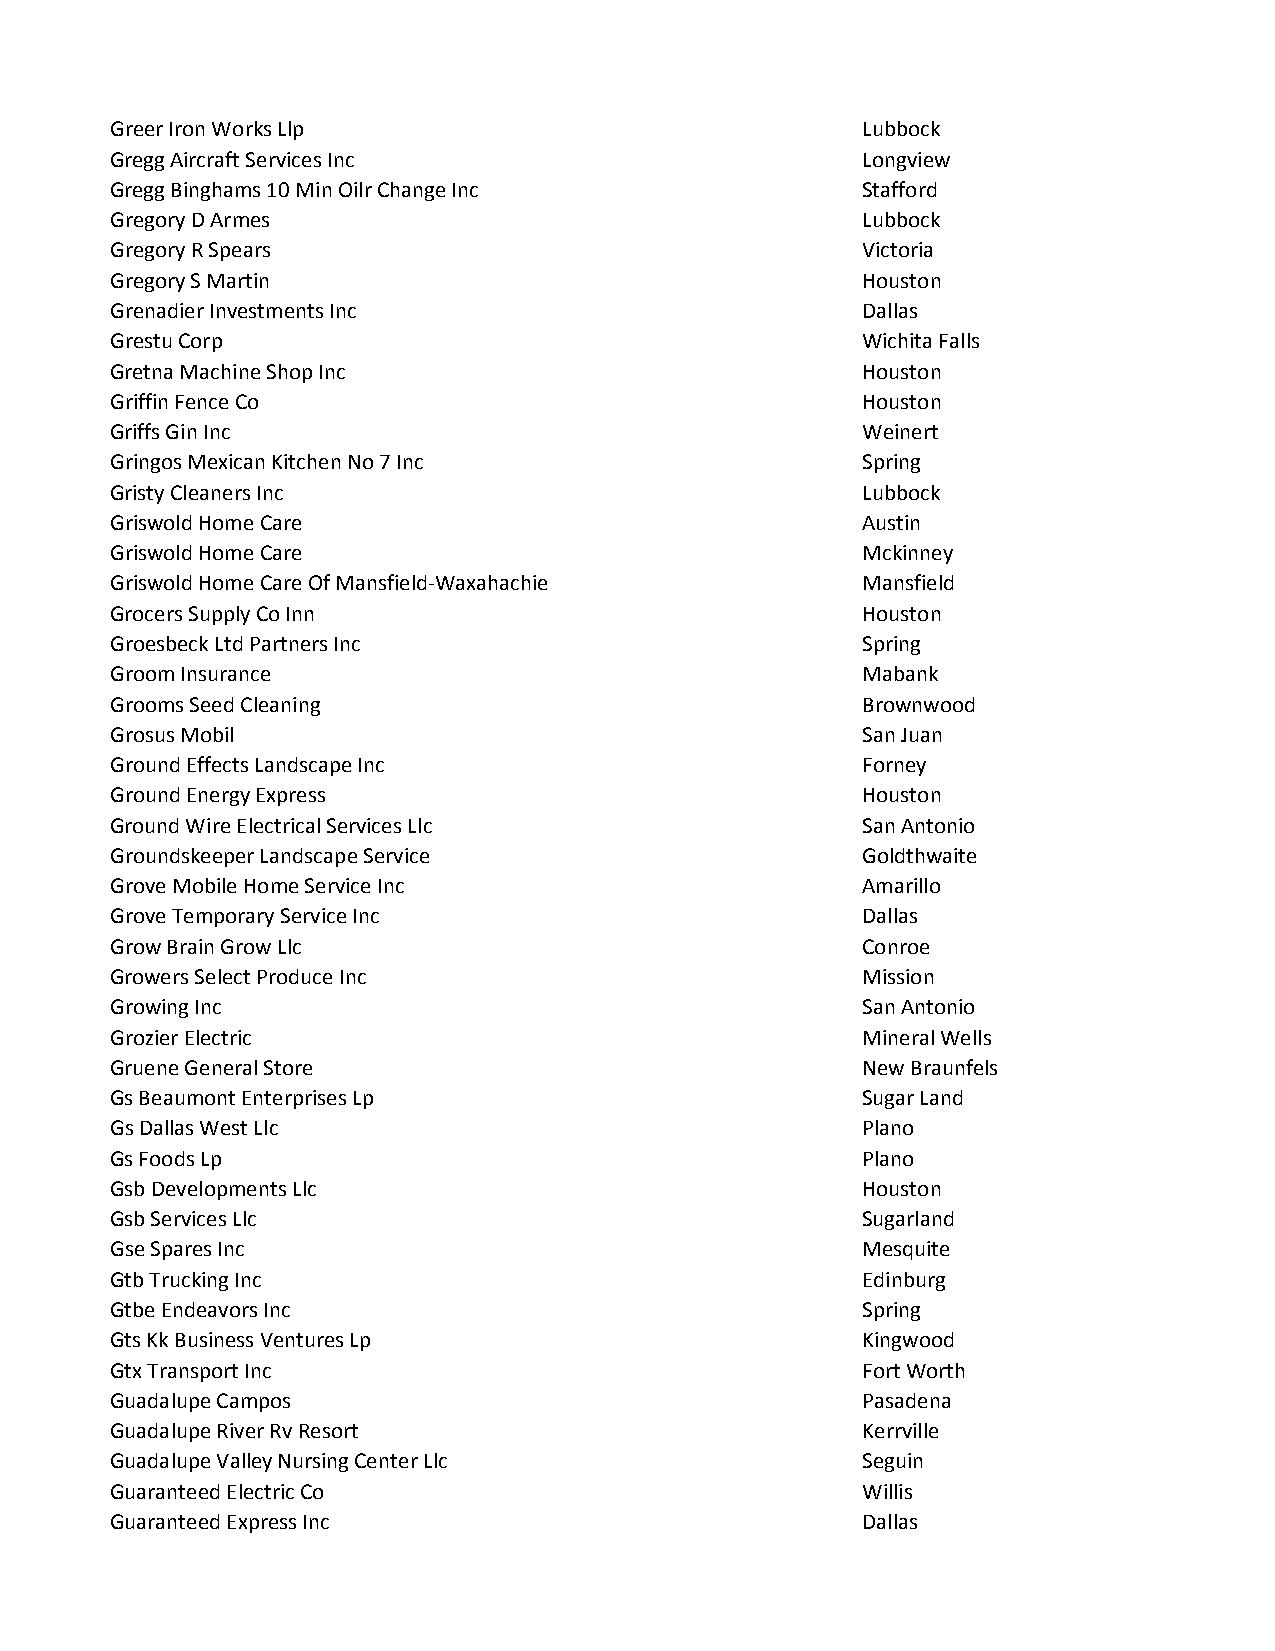
Greer Iron Works Llp                              Lubbock
 Gregg Aircraft Services Inc                       Longview
 Gregg Binghams 10 Min Oilr Change Inc             Stafford
 Gregory D Armes                                   Lubbock
 Gregory R Spears                                  Victoria
 Gregory S Martin                                  Houston
 Grenadier Investments Inc                         Dallas
 Grestu Corp                                       Wichita Falls
 Gretna Machine Shop Inc                           Houston
 Griffin Fence Co                                  Houston
 Griffs Gin Inc                                    Weinert
 Gringos Mexican Kitchen No 7 Inc                  Spring
 Gristy Cleaners Inc                               Lubbock
 Griswold Home Care                                Austin
 Griswold Home Care                                Mckinney
 Griswold Home Care Of Mansfield-Waxahachie        Mansfield
 Grocers Supply Co Inn                             Houston
 Groesbeck Ltd Partners Inc                        Spring
 Groom Insurance                                   Mabank
 Grooms Seed Cleaning                              Brownwood
 Grosus Mobil                                      San Juan
 Ground Effects Landscape Inc                      Forney
 Ground Energy Express                             Houston
 Ground Wire Electrical Services Llc               San Antonio
 Groundskeeper Landscape Service                   Goldthwaite
 Grove Mobile Home Service Inc                     Amarillo
 Grove Temporary Service Inc                       Dallas
 Grow Brain Grow Llc                               Conroe
 Growers Select Produce Inc                        Mission
 Growing Inc                                       San Antonio
 Grozier Electric                                  Mineral Wells
 Gruene General Store                              New Braunfels
 Gs Beaumont Enterprises Lp                        Sugar Land
 Gs Dallas West Llc                                Plano
 Gs Foods Lp                                       Plano
 Gsb Developments Llc                              Houston
 Gsb Services Llc                                  Sugarland
 Gse Spares Inc                                    Mesquite
 Gtb Trucking Inc                                  Edinburg
 Gtbe Endeavors Inc                                Spring
 Gts Kk Business Ventures Lp                       Kingwood
 Gtx Transport Inc                                 Fort Worth
 Guadalupe Campos                                  Pasadena
 Guadalupe River Rv Resort                         Kerrville
 Guadalupe Valley Nursing Center Llc               Seguin
 Guaranteed Electric Co                            Willis
 Guaranteed Express Inc                            Dallas